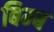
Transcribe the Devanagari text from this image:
बिम्‍ब